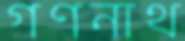
গণনাথ